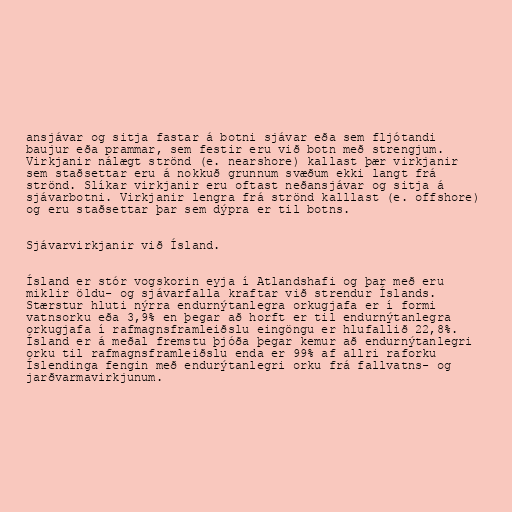
ansjávar og sitja fastar á botni sjávar eða sem fljótandi
baujur eða prammar, sem festir eru við botn með strengjum.
Virkjanir nálægt strönd (e. nearshore) kallast þær virkjanir
sem staðsettar eru á nokkuð grunnum svæðum ekki langt frá
strönd. Slíkar virkjanir eru oftast neðansjávar og sitja á
sjávarbotni. Virkjanir lengra frá strönd kalllast (e. offshore)
og eru staðsettar þar sem dýpra er til botns.

Sjávarvirkjanir við Ísland.

Ísland er stór vogskorin eyja í Atlandshafi og þar með eru
miklir öldu- og sjávarfalla kraftar við strendur Íslands.
Stærstur hluti nýrra endurnýtanlegra orkugjafa er í formi
vatnsorku eða 3,9% en þegar að horft er til endurnýtanlegra
orkugjafa í rafmagnsframleiðslu eingöngu er hlufallið 22,8%.
Ísland er á meðal fremstu þjóða þegar kemur að endurnýtanlegri
orku til rafmagnsframleiðslu enda er 99% af allri raforku
Íslendinga fengin með endurýtanlegri orku frá fallvatns- og
jarðvarmavirkjunum.